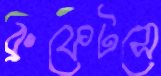
ব্রুফেটসে